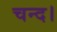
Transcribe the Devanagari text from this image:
चन्‍द।